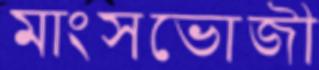
মাংসভোজী